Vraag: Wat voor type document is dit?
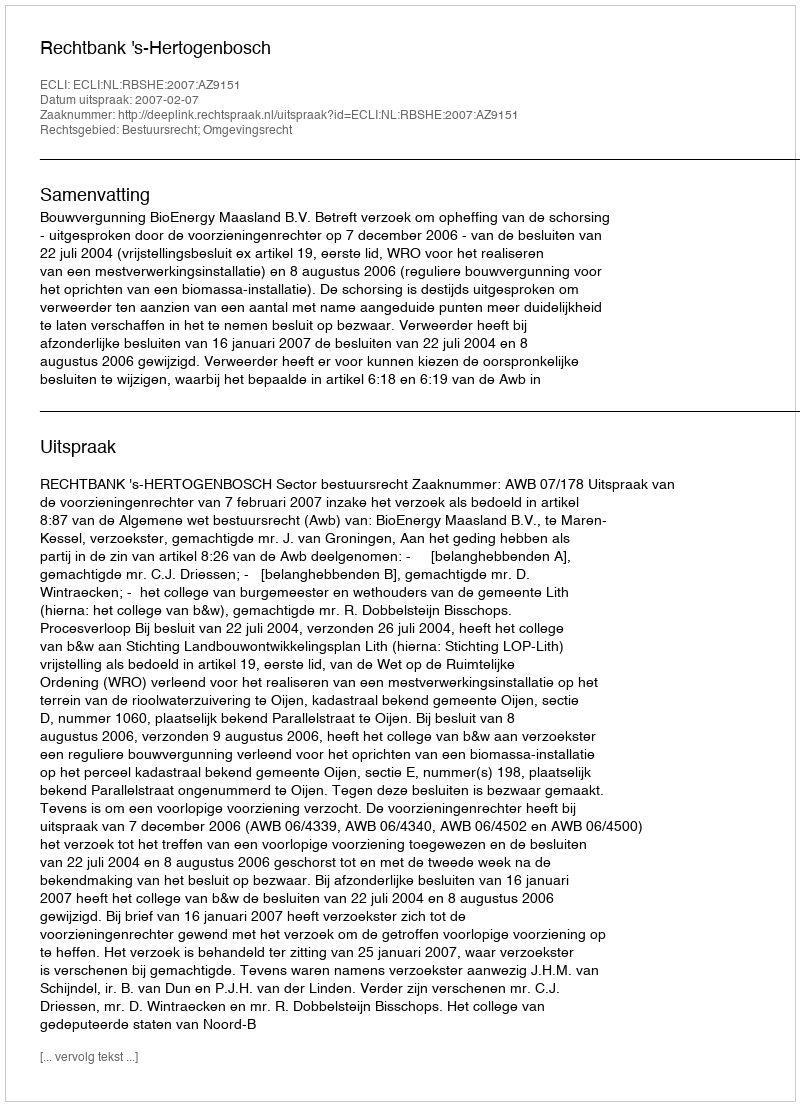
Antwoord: Uitspraak